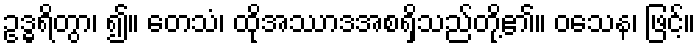
ဥဒ္ဓရိတွာ၊ ၍။ တေသံ၊ ထိုအဿာဒအစရှိသည်တို့၏။ ဝသေန၊ ဖြင့်။